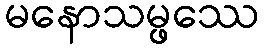
မနောသမ္ဖဿေ